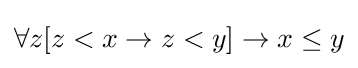
\forall z[z<x\rightarrow z<y]\rightarrow x\leq y